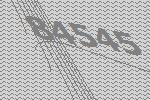
84545